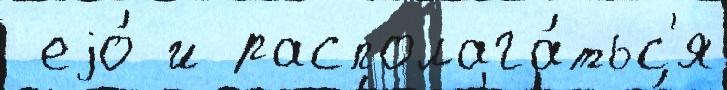
 еjо́ и располага́тьс'я